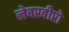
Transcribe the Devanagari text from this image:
लेबरबीरो